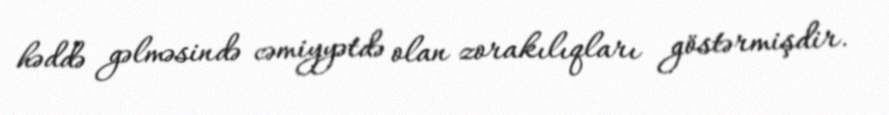
həddə gəlməsində cəmiyyətdə olan zorakılıqları göstərmişdir.